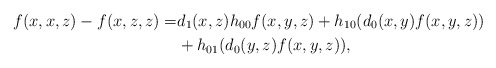
\begin{align*}f(x,x,z)-f(x,z,z)=&d_1(x,z) h_{00} f(x,y,z) + h_{10}(d_0(x,y)f(x,y,z))\\ &+ h_{01}(d_0(y,z)f(x,y,z)),\end{align*}